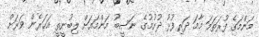
މަންމަގެ ފުރަތަމަ މާމަ ދަރިފުޅު ދުށުމުގެ ނަސީބު މަންމައަށް ލިބުނީތީ އަހަރެން ވަރަށް